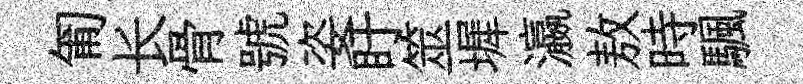
匍长骨號姿盱筮墀瀛敖時颿